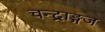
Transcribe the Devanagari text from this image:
चन्द्राङ्गज